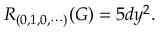
{ \cal R } _ { ( 0 , 1 , 0 , \cdots ) } ( G ) = 5 d y ^ { 2 } .